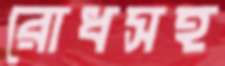
রোধসহ